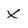
Character: X